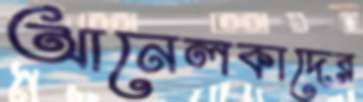
আনেলকাদের